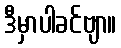
ဒီမှာပါခင်ဗျာ။